Problem: 3 × 2 = ?
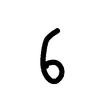
Handwritten answer: 6